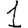
Digit: 1